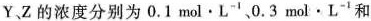
Y，Z的浓度分别为0.1mol·L^{-1}、0.3mol·L^{-1}和